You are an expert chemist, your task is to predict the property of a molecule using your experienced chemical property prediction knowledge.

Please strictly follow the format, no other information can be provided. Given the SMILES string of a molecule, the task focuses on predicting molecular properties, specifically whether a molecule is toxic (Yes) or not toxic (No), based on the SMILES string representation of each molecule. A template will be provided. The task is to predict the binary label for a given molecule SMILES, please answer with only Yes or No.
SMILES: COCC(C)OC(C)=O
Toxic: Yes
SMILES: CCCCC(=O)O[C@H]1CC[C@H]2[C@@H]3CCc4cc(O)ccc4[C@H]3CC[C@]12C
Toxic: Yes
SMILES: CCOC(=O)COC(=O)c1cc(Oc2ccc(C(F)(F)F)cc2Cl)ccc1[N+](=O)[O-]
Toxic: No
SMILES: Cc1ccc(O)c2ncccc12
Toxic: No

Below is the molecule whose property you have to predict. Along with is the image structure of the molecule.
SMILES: CC[N+](C)(CC)CCOC(=O)C(O)(c1ccccc1)C1CCCCC1
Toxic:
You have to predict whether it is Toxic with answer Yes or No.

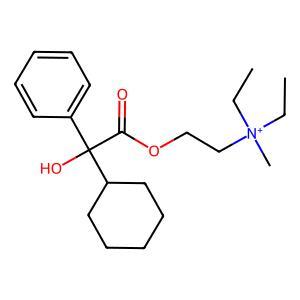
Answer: No